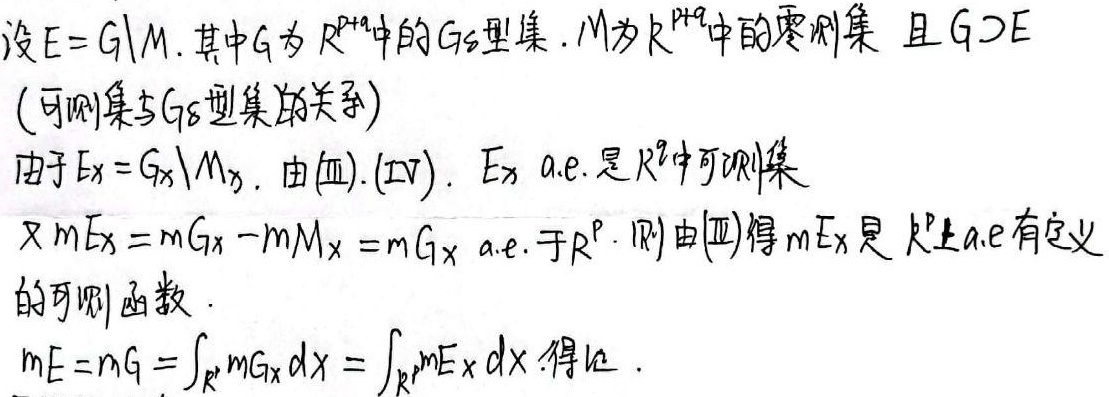
设 \(E = G\setminus M\)，其中 \(G\) 为 \(\mathbb{R}^{p + q}\) 中的 \(G_{\delta}\) 型集，\(M\) 为 \(\mathbb{R}^{p + q}\) 中的零测集，且 \(G\supset E\)（可测集与 \(G_{\delta}\) 型集的关系）。由于 \(E_{x}=G_{x}\setminus M_{x}\)，由 (Ⅲ), (Ⅳ)，\(E_{x}\) a.e. 是 \(\mathbb{R}^{q}\) 中可测集。又 \(mE_{x}=mG_{x}-mM_{x}=mG_{x}\) a.e. 于 \(\mathbb{R}^{p}\)，则由 (Ⅲ) 得 \(mE_{x}\) 是 \(\mathbb{R}^{p}\) 上 a.e 有定义的可测函数。\(mE = mG=\int_{\mathbb{R}^{p}}mG_{x}dx=\int_{\mathbb{R}^{p}}mE_{x}dx\)，得证。